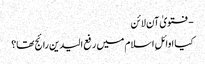
- فتویٰ آن لائن
کیا اوائلِ اسلام میں‌ رفع الیدین رائج تھا؟